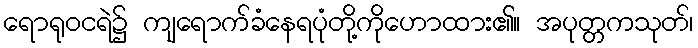
ရောရုဝငရဲ၌ ကျရောက်ခံနေရပုံတို့ကိုဟောထား၏။ အပုတ္တကသုတ်၊